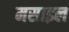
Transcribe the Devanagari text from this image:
मसाइल